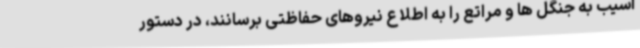
آسیب به جنگل ها و مراتع را به اطلاع نیروهای حفاظتی برسانند، در دستور